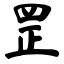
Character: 罡